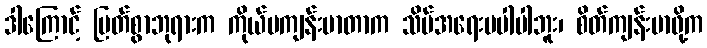
ဒါကြောင့် မြတ်စွာဘုရားက ကိုယ်မကျန်းမာတာက သိပ်အရေးမပါပါဘူး၊ စိတ်ကျန်းမာဖို့က